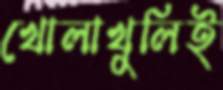
খোলাখুলিই